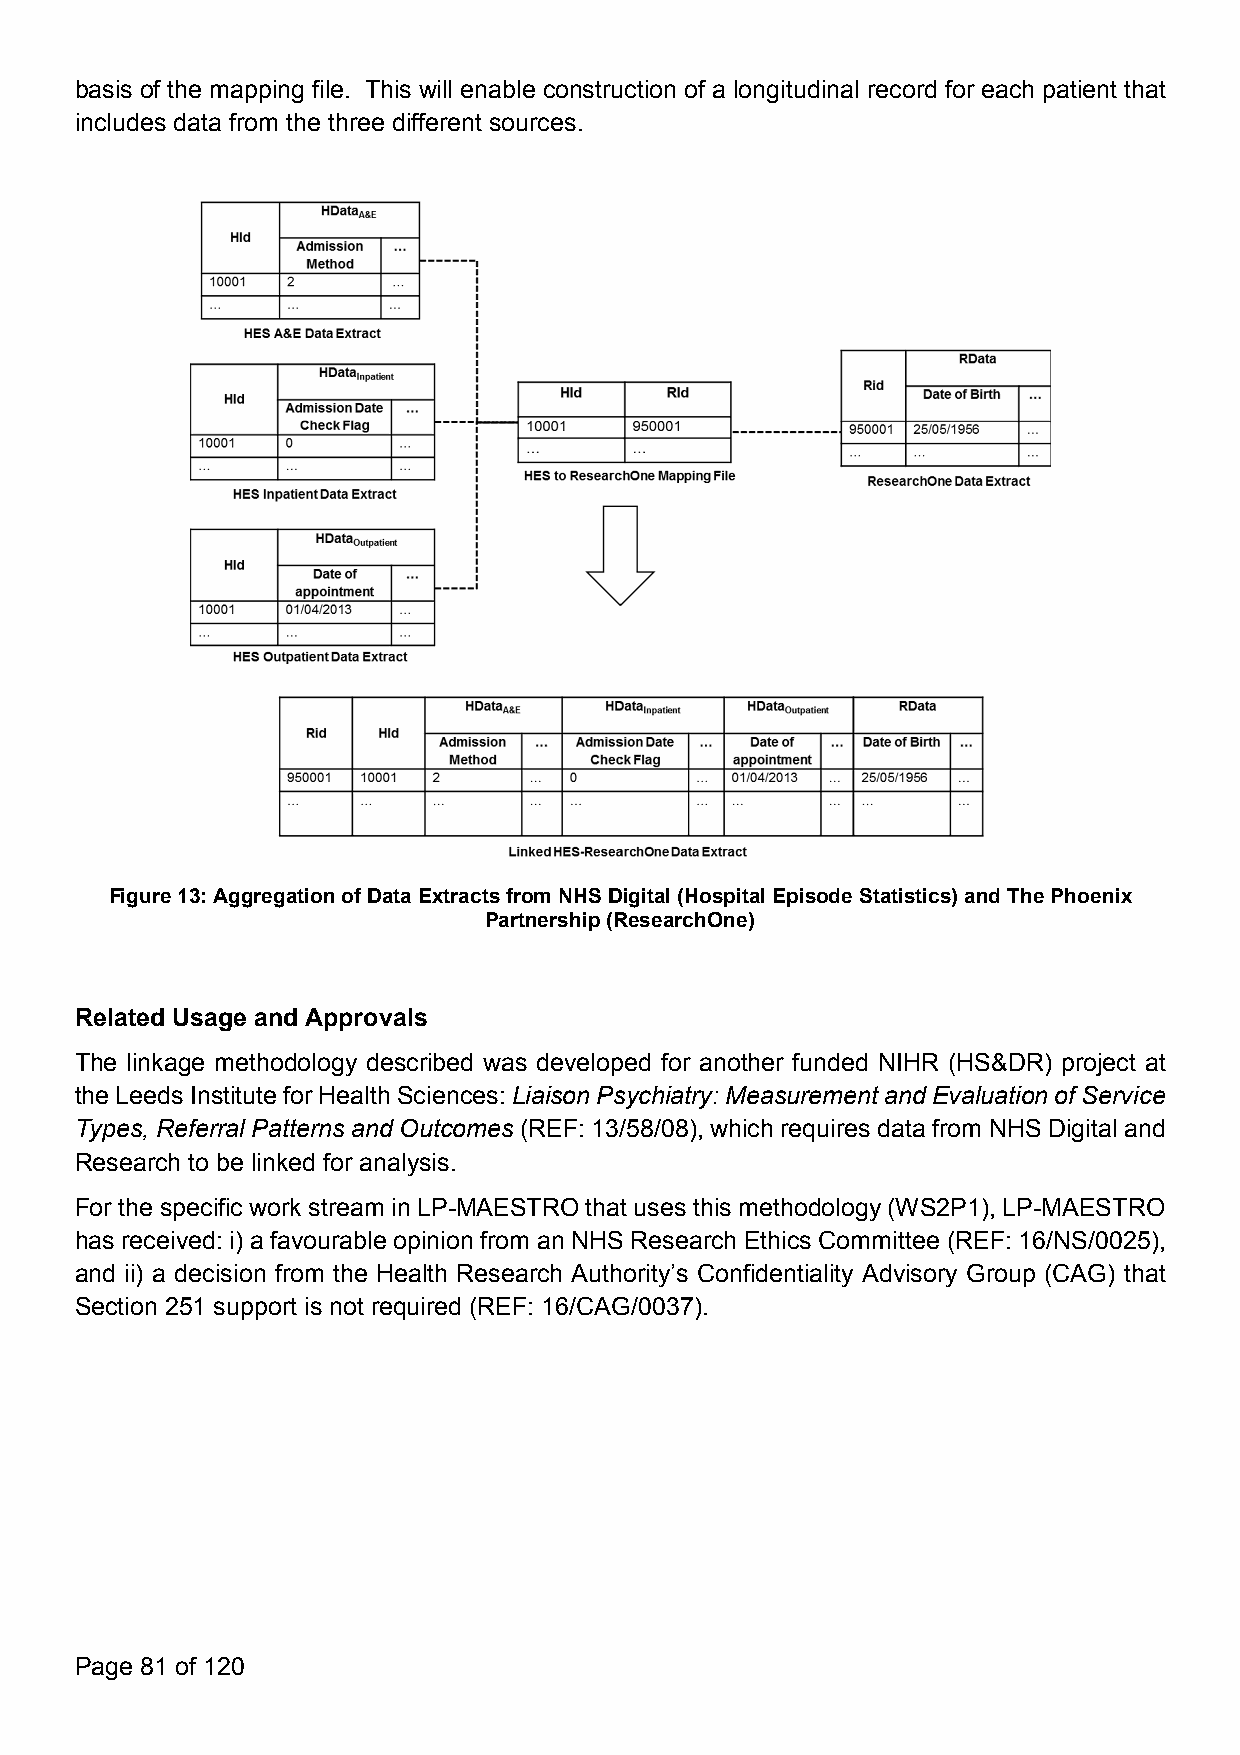
basis of the mapping file. This will enable construction of a longitudinal record for each patient that
 includes data from the three different sources.
 Figure13: AggregationofDataExtractsfromNHSDigital(HospitalEpisodeStatistics)andThePhoenix
 Partnership(ResearchOne)
 Related Usage and Approvals
 The linkage methodology described was developed for another funded NIHR (HS&DR) project at
 theLeedsInstituteforHealthSciences:LiaisonPsychiatry:Measurement andEvaluationofService
 Types, ReferralPatterns and Outcomes (REF: 13/58/08), which requires datafrom NHS Digital and
 Research to be linked for analysis.
 For the specific work stream in LP-MAESTRO that usesthismethodology(WS2P1), LP-MAESTRO
 has received: i) a favourable opinion from anNHS Research EthicsCommittee (REF: 16/NS/0025),
 and ii) a decision from the Health Research Authority’s Confidentiality Advisory Group (CAG) that
 Section 251 support is not required (REF: 16/CAG/0037).
 Page 81 of 120